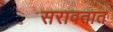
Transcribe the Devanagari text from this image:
सरावतात